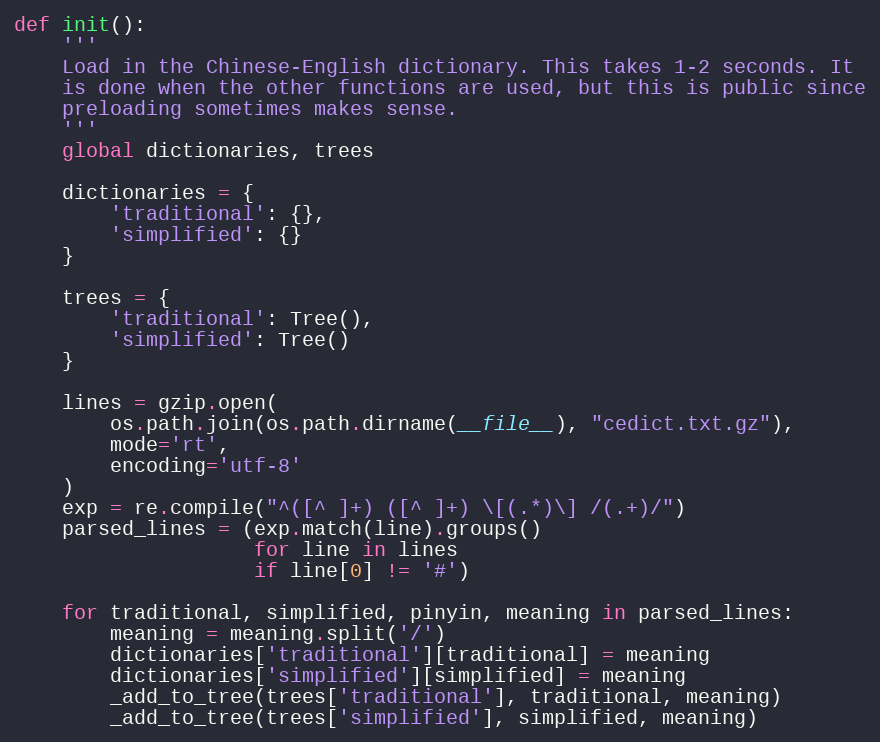
Language: Python
def init():
    '''
    Load in the Chinese-English dictionary. This takes 1-2 seconds. It
    is done when the other functions are used, but this is public since
    preloading sometimes makes sense.
    '''
    global dictionaries, trees

    dictionaries = {
        'traditional': {},
        'simplified': {}
    }

    trees = {
        'traditional': Tree(),
        'simplified': Tree()
    }

    lines = gzip.open(
        os.path.join(os.path.dirname(__file__), "cedict.txt.gz"),
        mode='rt',
        encoding='utf-8'
    )
    exp = re.compile("^([^ ]+) ([^ ]+) \[(.*)\] /(.+)/")
    parsed_lines = (exp.match(line).groups()
                    for line in lines
                    if line[0] != '#')

    for traditional, simplified, pinyin, meaning in parsed_lines:
        meaning = meaning.split('/')
        dictionaries['traditional'][traditional] = meaning
        dictionaries['simplified'][simplified] = meaning
        _add_to_tree(trees['traditional'], traditional, meaning)
        _add_to_tree(trees['simplified'], simplified, meaning)